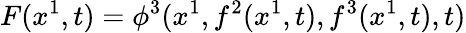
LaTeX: F(x^{1},t)=\phi^{3}(x^{1},f^{2}(x^{1},t),f^{3}(x^{1},t),t)